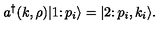
a ^ { \dagger } ( k , \rho ) \vert 1 \colon p _ { i } \rangle = \vert 2 \colon p _ { i } , k _ { i } \rangle .